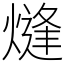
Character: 熢